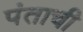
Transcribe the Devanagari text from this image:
पंताची